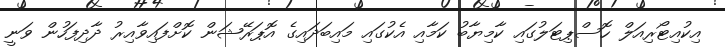
އިކުއިޓޯރިއަލް ހޮސްޕިޓަލުގައި ކާމިޔާބު ކަމާއި އެކުގައި މައިބަދައިގެ އޮޕަރޭޝަން ކޮށްފައިވާއިރު ދާދިފަހުން ވަނީ